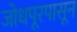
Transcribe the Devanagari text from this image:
जोधपूरपासून